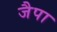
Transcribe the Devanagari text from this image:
जैपा